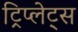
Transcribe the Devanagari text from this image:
ट्रिप्लेट्स